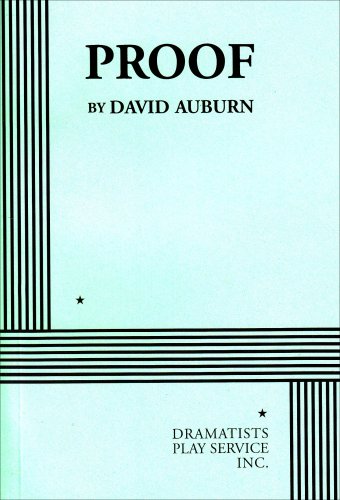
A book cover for Proof - Acting Edition; David Auburn; Literature & Fiction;